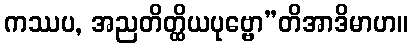
ကဿပ, အညတိတ္ထိယပုဗ္ဗော”တိအာဒိမာဟ။